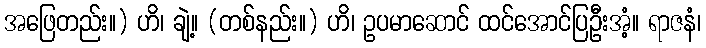
အဖြေတည်း။) ဟိ၊ ချဲ့။ (တစ်နည်း။) ဟိ၊ ဥပမာဆောင် ထင်အောင်ပြဦးအံ့။ ရာဇနံ၊